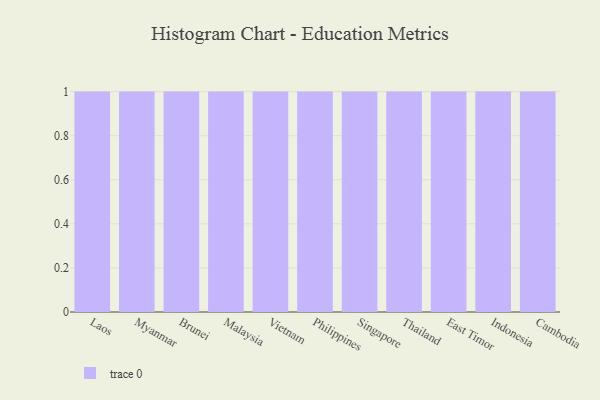
{"axis": {"x": "Country", "y": "Website Visitors"}, "legend": [""], "data": [{"x": "Laos", "y": 19, "type": ""}, {"x": "Myanmar", "y": 78, "type": ""}, {"x": "Brunei", "y": 3, "type": ""}, {"x": "Malaysia", "y": 73, "type": ""}, {"x": "Vietnam", "y": 64, "type": ""}, {"x": "Philippines", "y": 44, "type": ""}, {"x": "Singapore", "y": 89, "type": ""}, {"x": "Thailand", "y": 55, "type": ""}, {"x": "East Timor", "y": 15, "type": ""}, {"x": "Indonesia", "y": 81, "type": ""}, {"x": "Cambodia", "y": 95, "type": ""}]}